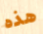
هذه